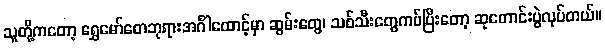
သူတို့ကတော့ ရွှေမော်ဓောဘုရားအင်္ဂါထောင့်မှာ ဆွမ်းတွေ၊ သစ်သီးတွေကပ်ပြီးတော့ ဆုတောင်းပွဲလုပ်တယ်။